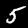
Label: 5